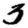
Digit: 3